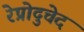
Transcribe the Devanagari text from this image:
रेप्रोदुचेद